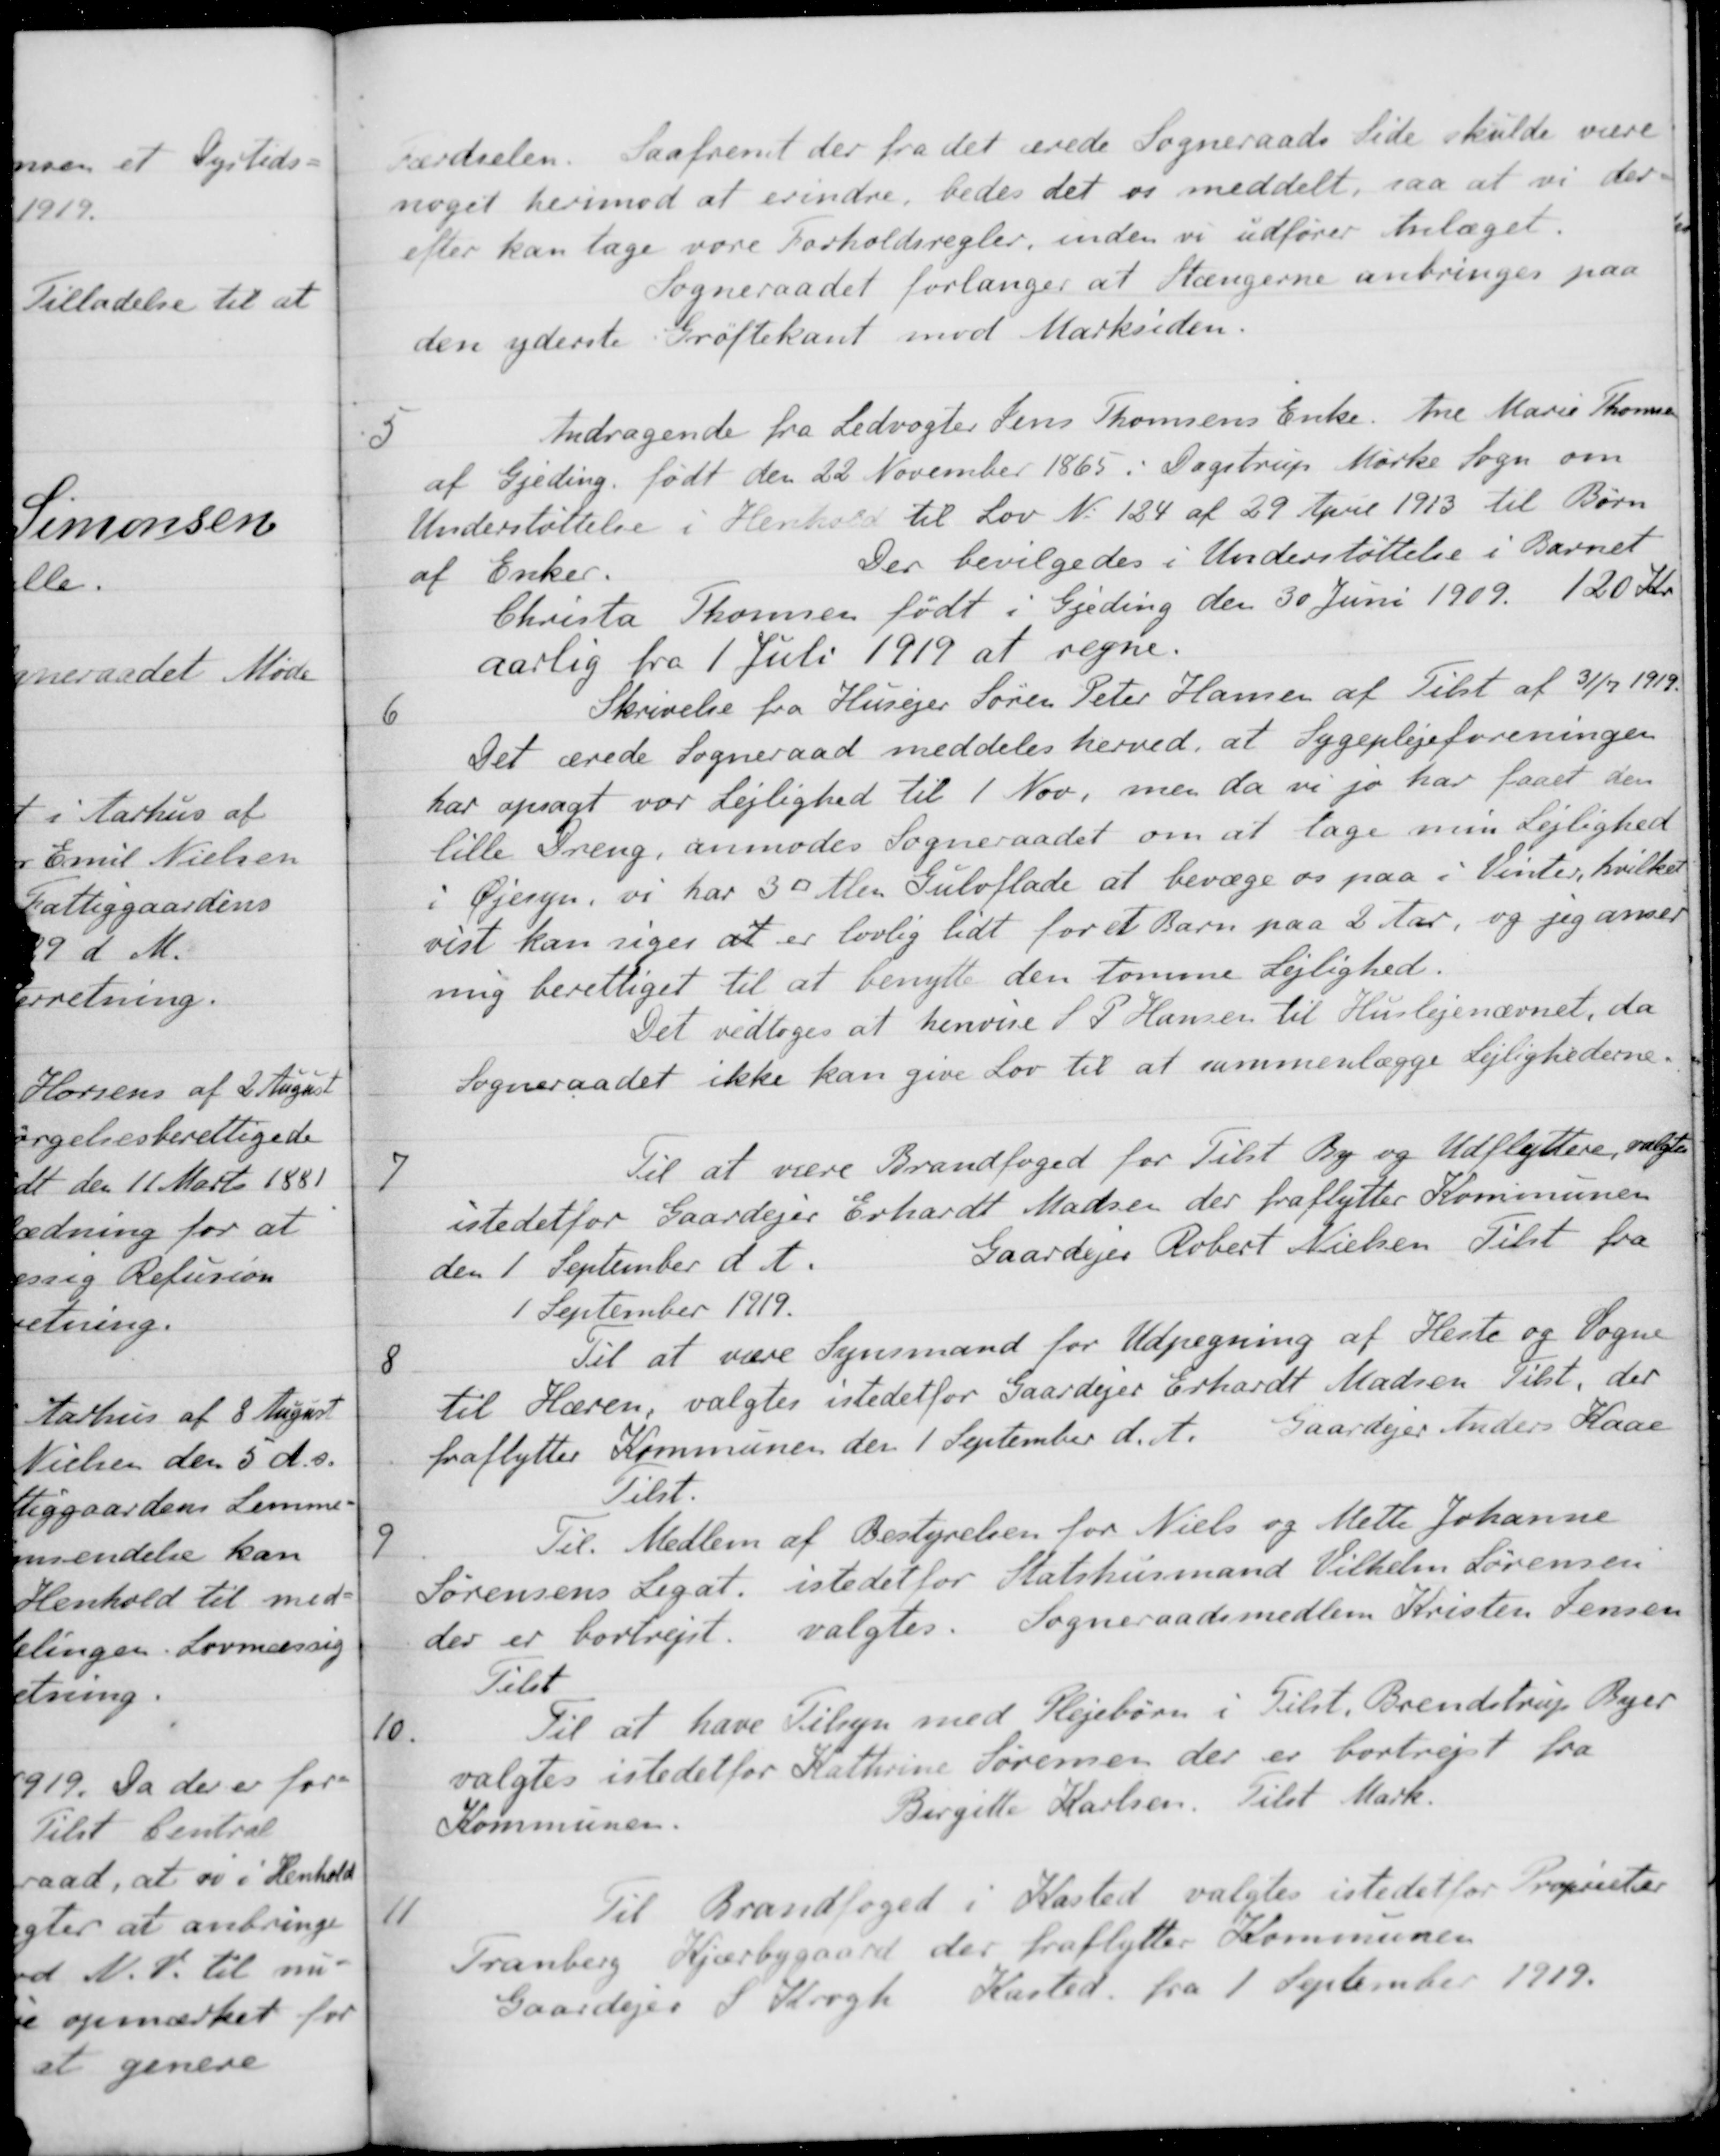
Transskription:
færdselen. Saafremt der fra det ærede Sogneraads Side skulde være
noget herimod at erindre, bedes det os meddelt, saa at vi der-
efter kan tage vore Forholdsregler, inden vi udfører Anlæget.
Sogneraadet forlanger at Stængerne anbringes paa
den yderste Grøftekant mod Marksiden.
5
Andragende fra Ledvogter Jens Thomsens Enke Ane Marie Thomse
af Gjeding, født den 22 November 1865 i Dagstrup Mørke Sogn om
Understøttelse i Henhold til Lov N. 124 af 29 April 1913 til Børn
af Enker.
Der bevilgedes i Understøttelse i Barnet,
Christa Thomsen født i Gjeding den 30 Juni 1909. 120 Kr.
aarlig fra 1 Juli 1919 at regne.
6
Skrivelse fra Husejer Søren Peter Hansen af Tilst af 31/7 1919.
Det ærede Sogneraad meddeles herved, at Sygeplejeforeningen
har opsagt vor Lejlighed til 1 Nov, men da vi jo har faaet den
lille Dreng, anmodes Sogneraadet om at tage min Lejlighed
i Øjesyn, vi har 30 Alen Gulvflade at bevæge os paa i Vinter, hvilket
vist kan siges at er lovlig lidt for et Barn paa 2 Aar, og jeg anser
mig berettiget til at benytte den tomme Lejlighed.
Det vedtoges at henvise S P Hansen til Huslejenævnet, da
Sogneraadet ikke kan give Lov til at sammenlægge Lejlighederne.
7
Til at være Brandfoged for Tilst By og Udflyttere, valgtes
istedetfor Gaardejer Erhardt Madsen der fraflytter Kommunen
den 1 September d. A.
Gaardejer Robert Nielsen Tilst fra
1 September 1919.
8
Til at være Synsmand for Udpegning af Heste og Vogne
til Hæren, valgtes istedetfor Gaardejer Erhardt Madsen Tilst, der
fraflytter Kommunen den 1 September d. A. Gaardejer Anders Kaae
Tilst.
9
Til Medlem af Bestyrelsen for Niels og Mette Johanne
Sørensens Legat, istedet for Statshusmand Vilhelm Sørensen
der er bortrejst, valgtes. Sogneraadsmedlem Kristen Jensen
Tilst
10.
Til at have Tilsyn med Plejebørn i Tilst. Brendstrup Byer
valgtes istedetfor Kathrine Sørensen der er bortrejst fra
Kommunen.
Bergette Karlsen. Tilst Mark.
11
Til Brandfoged i Kasted valgtes istedet for Proprietær
Tranberg Kjærbygaard, der fraflytter Kommunen
Gaardejer S. Krogh Kasted fra 1 September 1919.